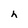
Character: h